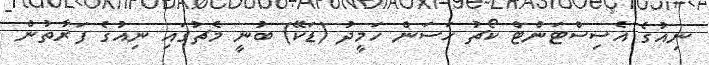
ނިއުގެ އެސިސްޓަންޓް ކޯޗު ހަސަން ހަމީދު (ޑަކޭ) ބުނީ މެޗުގައި ނިއުގެ ފަރާތުން